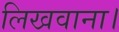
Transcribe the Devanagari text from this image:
लिखवाना।